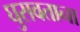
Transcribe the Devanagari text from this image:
घुसवताना